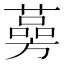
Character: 𦾊